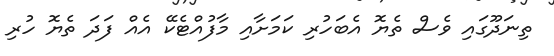
ތިނަދޫގައި ވެސް ތެޔޮ އެބަހުރި ކަމަށާއި މާފުއްޓެކޭ އެއް ފަދަ ތެޔޮ ހުރި